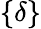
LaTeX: \{ \delta\}